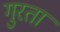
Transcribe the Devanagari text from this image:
गुरता